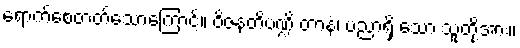
ရောက်စေတတ်သောကြောင့်။ ဝိဇနတိပဏ္ဍိ တာနံ၊ ပညာရှိ သော သူတို့အား။